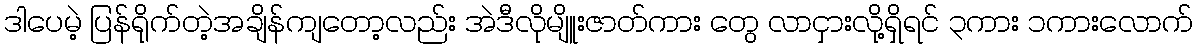
ဒါပေမဲ့ ပြန်ရိုက်တဲ့အချိန်ကျတော့လည်း အဲဒီလိုမျိူးဇာတ်ကား တွေ လာငှားလို့ရှိရင် ၃ကား ၁ကားလောက်